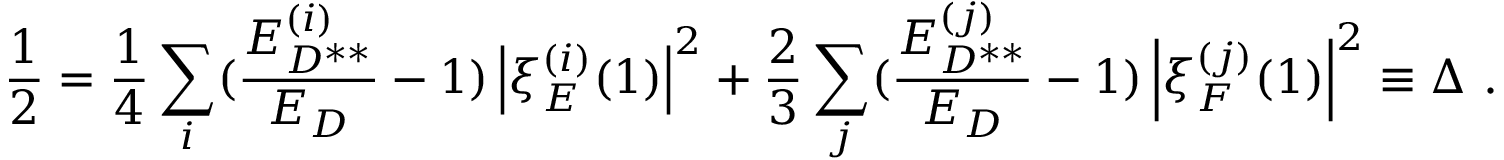
\frac { 1 } { 2 } = \frac { 1 } { 4 } \sum _ { i } ( \frac { E _ { D ^ { * * } } ^ { ( i ) } } { E _ { D } } - 1 ) \left| \xi _ { E } ^ { ( i ) } ( 1 ) \right| ^ { 2 } + \frac { 2 } { 3 } \sum _ { j } ( \frac { E _ { D ^ { * * } } ^ { ( j ) } } { E _ { D } } - 1 ) \left| \xi _ { F } ^ { ( j ) } ( 1 ) \right| ^ { 2 } \equiv \Delta \ .